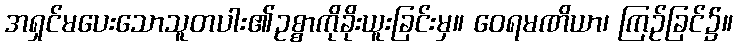
အရှင်မပေးသောသူတပါး၏ဥစ္စာကိုခိုးယူးခြင်းမှ။ ဝေရမဏိယာ၊ ကြဉ်ခြင်၌။